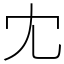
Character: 冘